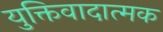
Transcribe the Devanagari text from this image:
युक्तिवादात्मक